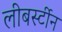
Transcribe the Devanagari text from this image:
लीबर्स्टीन